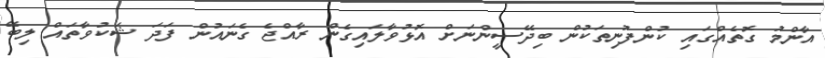
އާންމު ގޮތެއްގައި ކުންފުނިތަކުން ބިދޭސީންނަށް އޮޅުވާލައިގެން ރާއްޖެ ގެނައުން ފަދަ ޝަކުވާތައް ލިބޭ